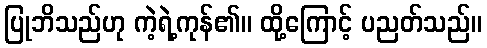
ပြုဘိသည်ဟု ကဲ့ရဲ့ကုန်၏။ ထို့ကြောင့် ပညတ်သည်။